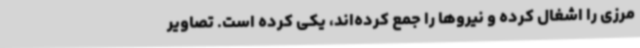
مرزی را اشغال کرده و نیروها را جمع کرده‌اند، یکی کرده است. تصاویر